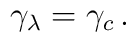
\gamma_\lambda = \gamma_c\,.